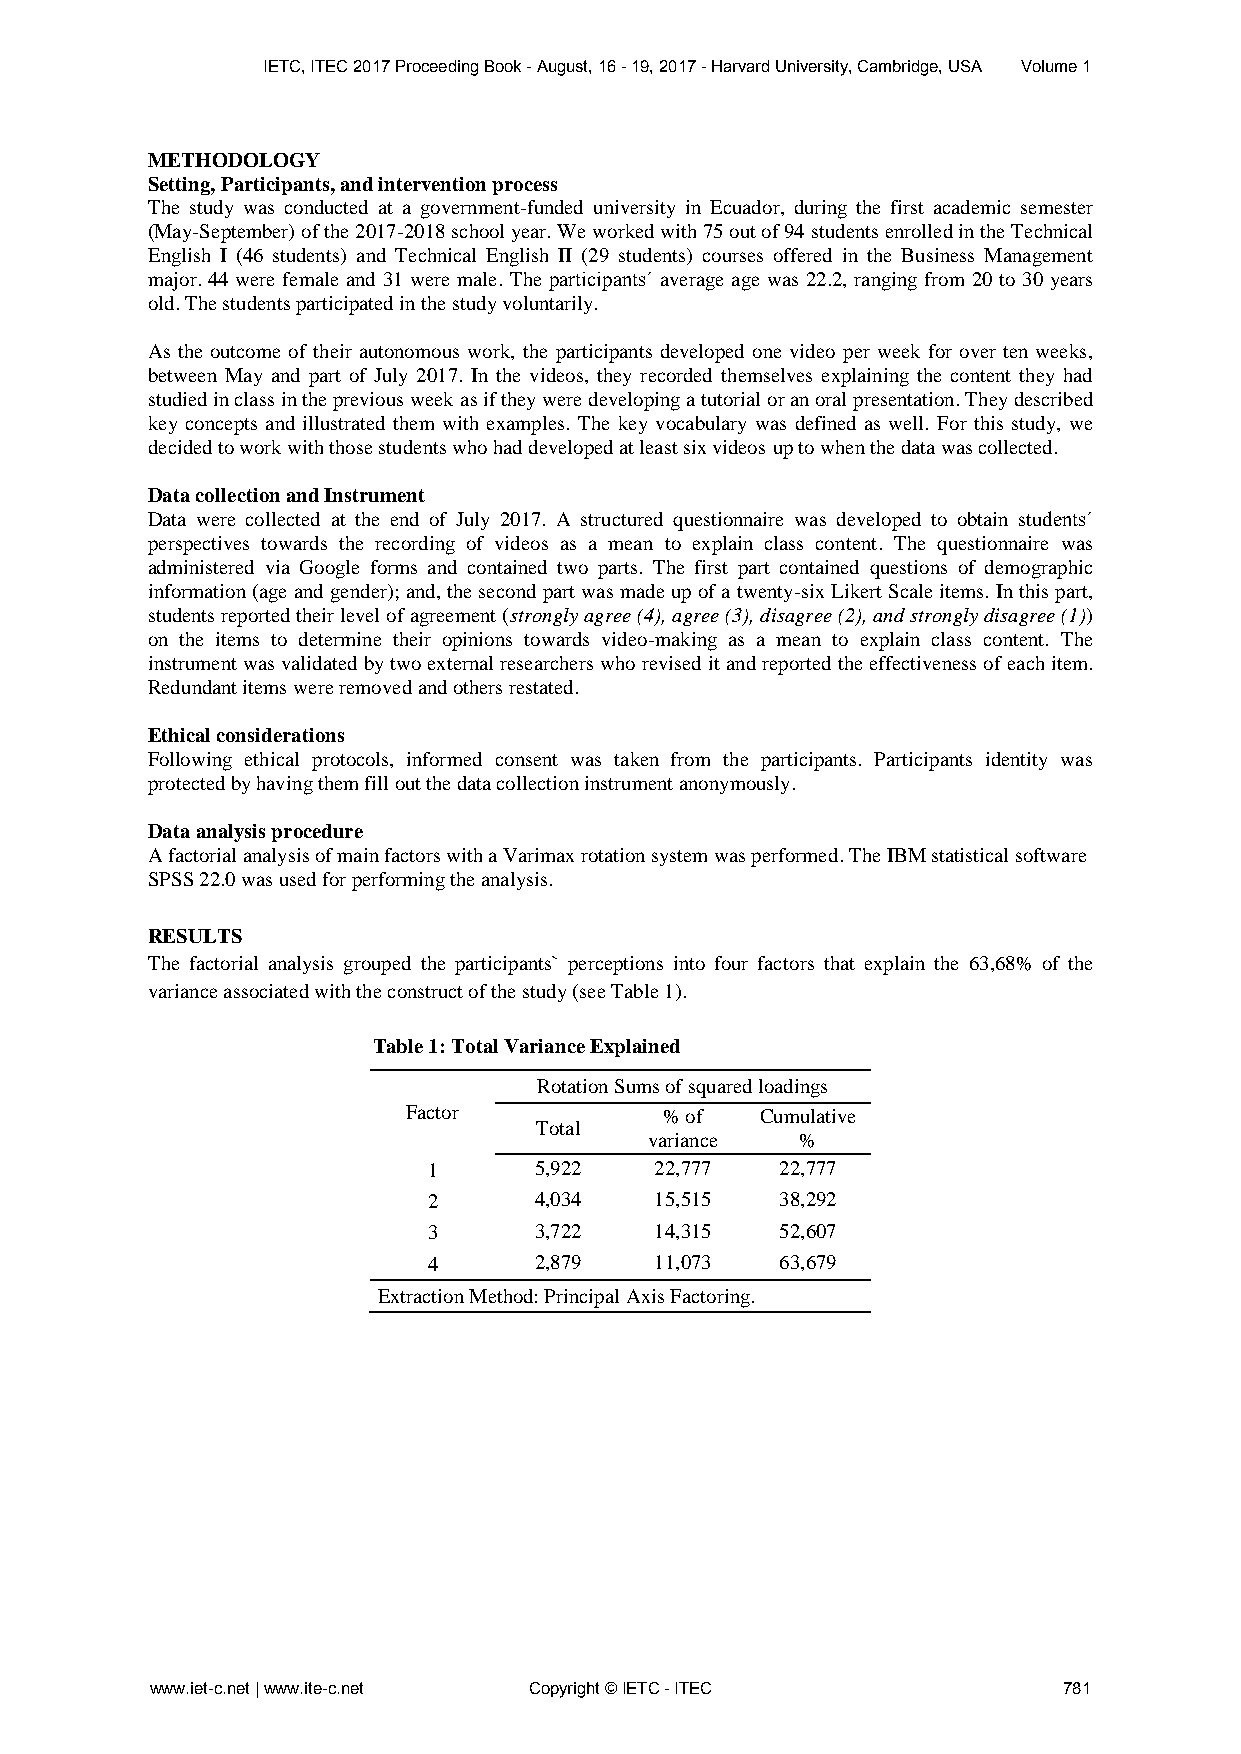
IETC, ITEC 2017 Proceeding Book - August, 16 - 19, 2017 - Harvard University, Cambridge, USA Volume 1
 METHODOLOGY
 Setting, Participants, and intervention process
 The study was conducted at a government-funded university in Ecuador, during the first academic semester
 (May-September) of the 2017-2018 school year. We worked with 75 out of 94 students enrolled in the Technical
 English I (46 students) and Technical English II (29 students) courses offered in the Business Management
 major. 44 were female and 31 were male. The participants´ average age was 22.2, ranging from 20 to 30 years
 old. The students participated in the study voluntarily.
 As the outcome of their autonomous work, the participants developed one video per week for over ten weeks,
 between May and part of July 2017. In the videos, they recorded themselves explaining the content they had
 studied in class in the previous week as if they were developing a tutorial or an oral presentation. They described
 key concepts and illustrated them with examples. The key vocabulary was defined as well. For this study, we
 decided to work with those students who had developed at least six videos up to when the data was collected.
 Data collection and Instrument
 Data were collected at the end of July 2017. A structured questionnaire was developed to obtain students´
 perspectives towards the recording of videos as a mean to explain class content. The questionnaire was
 administered via Google forms and contained two parts. The first part contained questions of demographic
 information (age and gender); and, the second part was made up of a twenty-six Likert Scale items. In this part,
 students reported their level of agreement (strongly agree (4), agree (3), disagree (2), and strongly disagree (1))
 on the items to determine their opinions towards video-making as a mean to explain class content. The
 instrument was validated by two external researchers who revised it and reported the effectiveness of each item.
 Redundant items were removed and others restated.
 Ethical considerations
 Following ethical protocols, informed consent was taken from the participants. Participants identity was
 protected by having them fill out the data collection instrument anonymously.
 Data analysis procedure
 A factorial analysis of main factors with a Varimax rotation system was performed. The IBM statistical software
 SPSS 22.0 was used for performing the analysis.
 RESULTS
 The factorial analysis grouped the participants` perceptions into four factors that explain the 63,68% of the
 variance associated with the construct of the study (see Table 1).
 Table 1: Total Variance Explained
 Rotation Sums of squared loadings
 Factor           % of  Cumulative
 Total
 variance  %
 1      5,922   22,777   22,777
 2      4,034   15,515   38,292
 3      3,722   14,315   52,607
 4      2,879   11,073   63,679
 Extraction Method: Principal Axis Factoring.
 www.iet-c.net | www.ite-c.net Copyright © IETC - ITEC       781